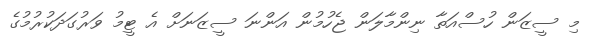
މި ސީޒަން ހުސްއަތާ ނިންމާލަން ޖެހުމުން އަންނަ ސީޒަނަށް އެ ޓީމު ވަރުގަދަކުރުމުގެ